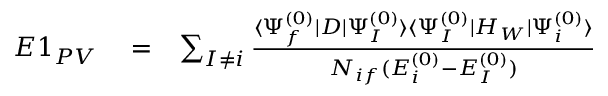
\begin{array} { r l r } { E 1 _ { P V } } & { { } = } & { \sum _ { I \ne i } \frac { \langle \Psi _ { f } ^ { ( 0 ) } | D | \Psi _ { I } ^ { ( 0 ) } \rangle \langle \Psi _ { I } ^ { ( 0 ) } | H _ { W } | \Psi _ { i } ^ { ( 0 ) } \rangle } { { \cal N } _ { i f } ( E _ { i } ^ { ( 0 ) } - E _ { I } ^ { ( 0 ) } ) } } \end{array}